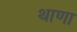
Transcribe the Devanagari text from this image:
थाणा